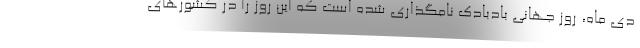
دی ماه، روز جهانی بادبادک نامگذاری شده است که این روز را در کشورهای